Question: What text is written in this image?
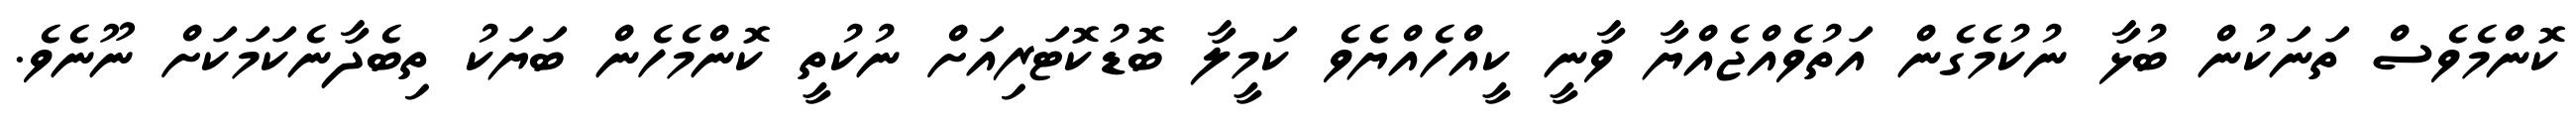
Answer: ކޮންމެވެސް ތަނަކުން ބުޅާ ނުކުމެގެން އަތުވެއްޖެއްޔާ ވާނީ ކީއްހެއްޔެވެ ކަމީލާ ބޮޑުކޮޓަރިއަށް ނުކުތީ ކޮންމެހެން ބަޔަކު ތިބެދާނެކަމަކަށް ނޫނެވެ.